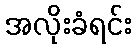
အလိုးခံရင်း